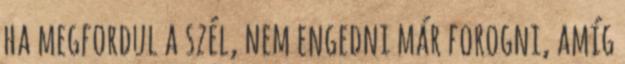
ha megfordul a szél, nem engedni már forogni, amíg